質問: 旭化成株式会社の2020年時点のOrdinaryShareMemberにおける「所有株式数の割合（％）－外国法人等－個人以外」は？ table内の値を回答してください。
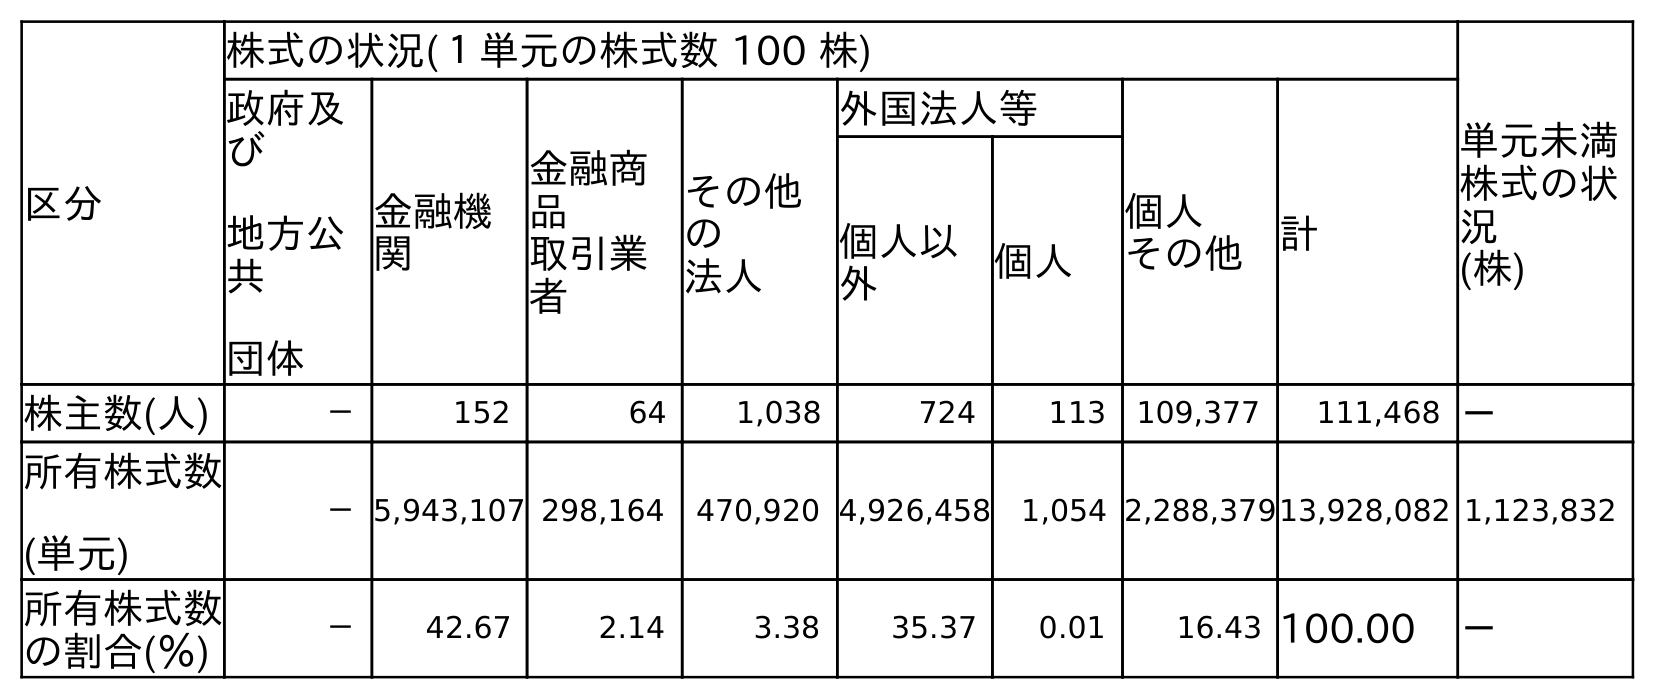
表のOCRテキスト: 区分 株式の状況(１単元の株式数 100 株) 単元未満 株式の状 況 (株) 政府及 び 地方公 共 団体 金融機 関 金融商 品 取引業 者 その他 の 法人 外国法人等 個人 その他 計 個人以 外 個人 株主数(人) － 152 64 1,038 724 113 109,377 111,468 － 所有株式数 (単元) －5,943,107 298,164 470,920 4,926,458 1,054 2,288,37913,928,082 1,123,832 所有株式数 の割合(％) － 42.67 2.14 3.38 35.37 0.01 16.43 100.00 －
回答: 35.37